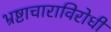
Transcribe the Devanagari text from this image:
भ्रष्टाचाराविरोधी